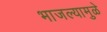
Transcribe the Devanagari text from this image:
भाजल्यामुळे